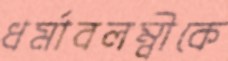
ধর্মাবলম্বীকে